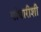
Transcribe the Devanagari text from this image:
गांधारीशी